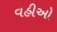
વહીઓ